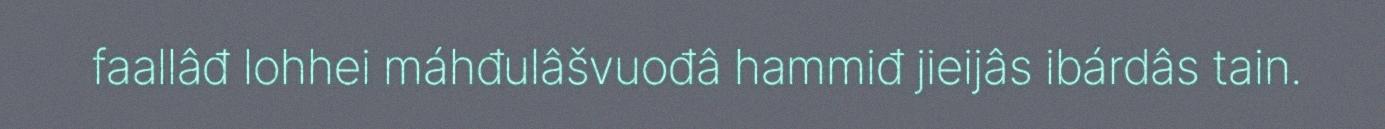
faallâđ lohhei máhđulâšvuođâ hammiđ jieijâs ibárdâs tain.